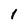
Character: l